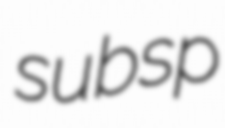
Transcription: subsp